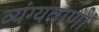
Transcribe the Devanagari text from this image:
व्यंग्यवाणों